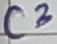
Text: C3